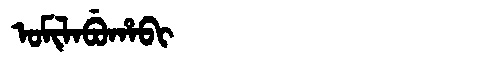
Manchu: ᠣᠮᡳᠯᠠᠪᡠᡥᠠᠪᡳ
Romanization: OMILABUHABI